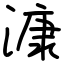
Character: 漮